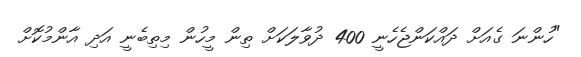
"ހުންނަ ގެއަށް ދައްކަންޖެހެނީ 400 ދުވާލަކަށް ތިން މީހުން މިތިބެނީ އަދި އާންމުކޮށް